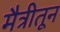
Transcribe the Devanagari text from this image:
मैत्रीतून